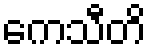
ကေသီတိ